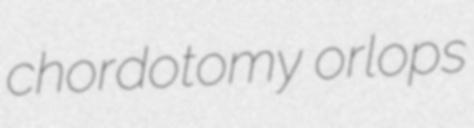
chordotomy orlops